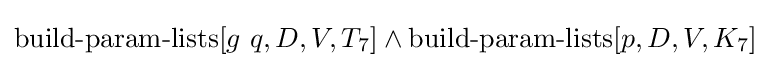
\operatorname {build-param-lists} [g\ q,D,V,T_{7}]\land \operatorname {build-param-lists} [p,D,V,K_{7}]